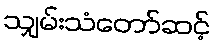
သျှမ်းသံတော်ဆင့်